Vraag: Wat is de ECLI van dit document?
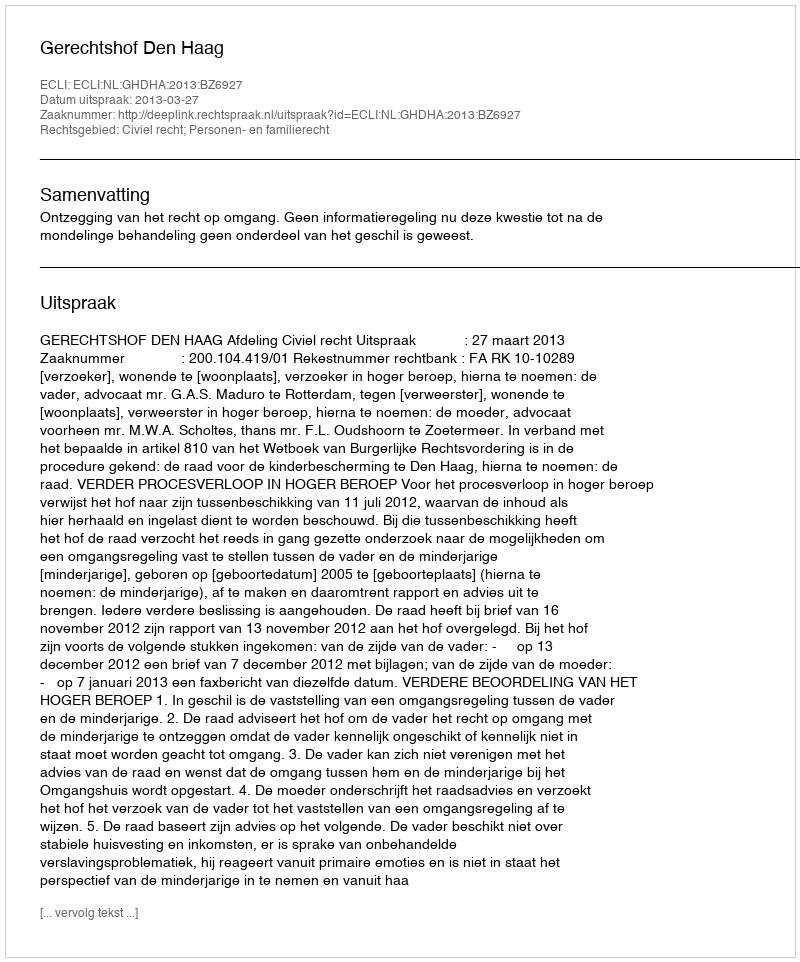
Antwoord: ECLI:NL:GHDHA:2013:BZ6927